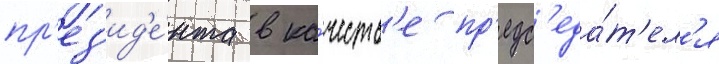
пр'ез'ид'е́нта в ка́честв'е пр'едс'еда́т'ел'я